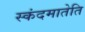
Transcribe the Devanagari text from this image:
स्कंदमातेति